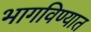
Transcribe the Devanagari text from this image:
भागविण्यात